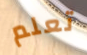
تعلم